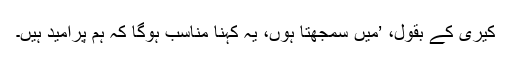
کیری کے بقول، ’میں سمجھتا ہوں، یہ کہنا مناسب ہوگا کہ ہم پُرامید ہیں۔